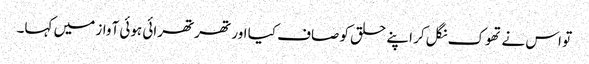
تو اس نے تھوک نگل کر اپنے حلق کو صاف کیا اور تھرتھرائی ہوئی آواز میں کہا۔